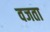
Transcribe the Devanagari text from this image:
वजता